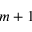
m + 1